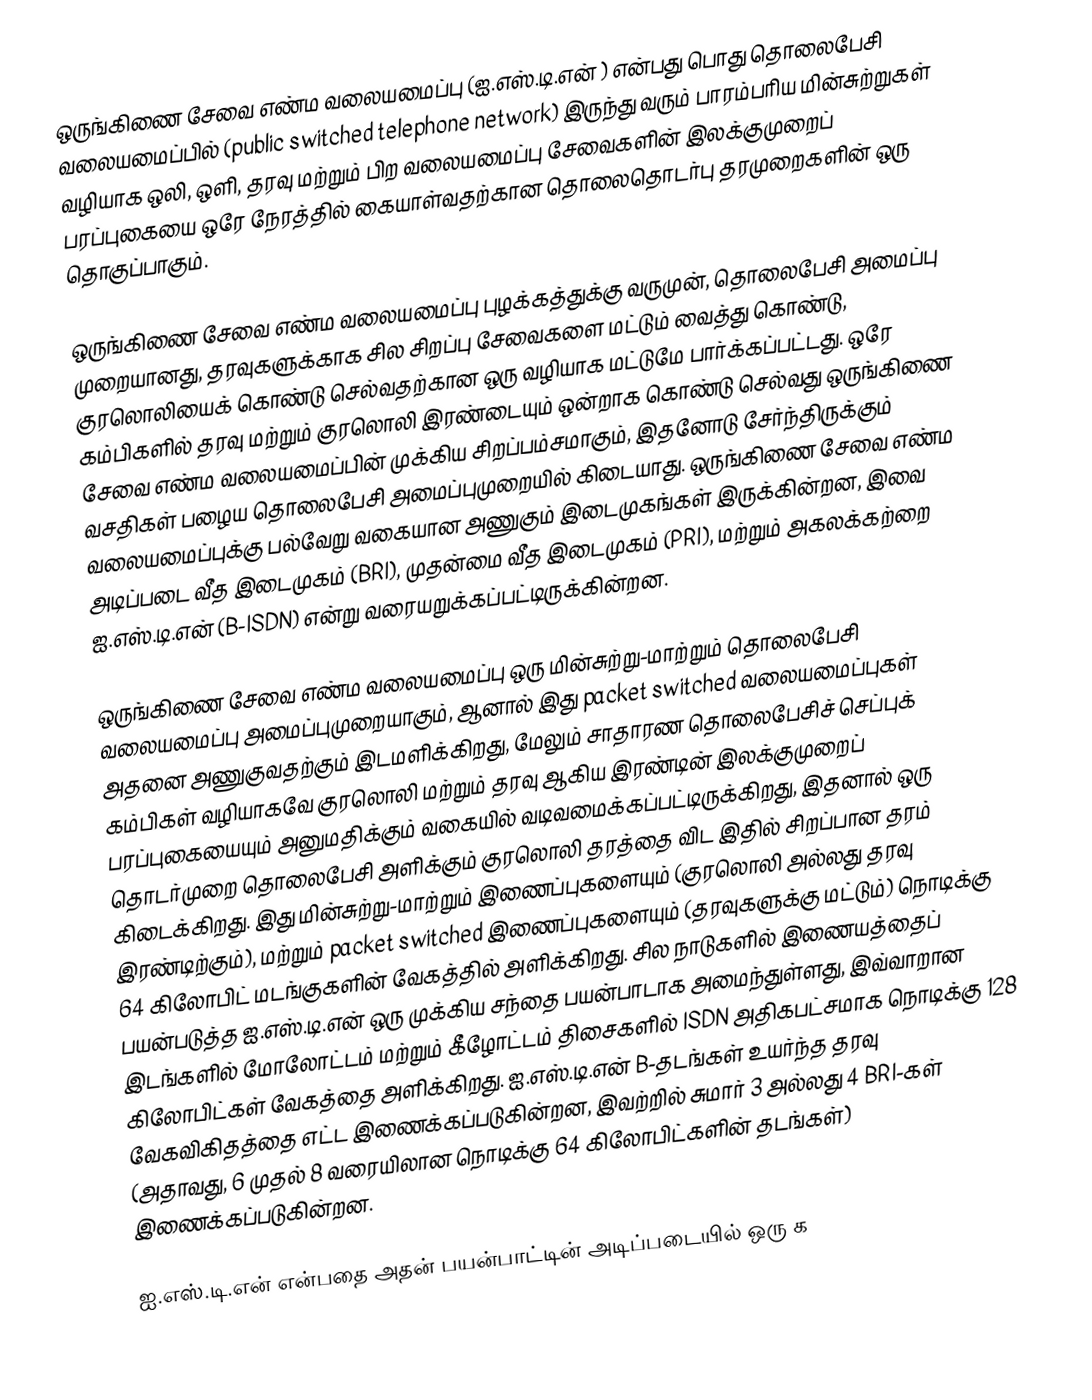
ஒருங்கிணை சேவை எண்ம வலையமைப்பு (ஐ.எஸ்.டி.என் ) என்பது பொது தொலைபேசி வலையமைப்பில் (public switched telephone network) இருந்து வரும் பாரம்பரிய மின்சுற்றுகள் வழியாக ஒலி, ஒளி, தரவு மற்றும் பிற வலையமைப்பு சேவைகளின் இலக்குமுறைப் பரப்புகையை ஒரே நேரத்தில் கையாள்வதற்கான தொலைதொடர்பு தரமுறைகளின் ஒரு தொகுப்பாகும்.

ஒருங்கிணை சேவை எண்ம வலையமைப்பு புழக்கத்துக்கு வருமுன், தொலைபேசி அமைப்பு முறையானது, தரவுகளுக்காக சில சிறப்பு சேவைகளை மட்டும் வைத்து கொண்டு, குரலொலியைக் கொண்டு செல்வதற்கான ஒரு வழியாக மட்டுமே பார்க்கப்பட்டது. ஒரே கம்பிகளில் தரவு மற்றும் குரலொலி இரண்டையும் ஒன்றாக கொண்டு செல்வது ஒருங்கிணை சேவை எண்ம வலையமைப்பின் முக்கிய சிறப்பம்சமாகும், இதனோடு சேர்ந்திருக்கும் வசதிகள் பழைய தொலைபேசி அமைப்புமுறையில் கிடையாது. ஒருங்கிணை சேவை எண்ம வலையமைப்புக்கு பல்வேறு வகையான அணுகும் இடைமுகங்கள் இருக்கின்றன, இவை அடிப்படை வீத இடைமுகம் (BRI), முதன்மை வீத இடைமுகம் (PRI), மற்றும் அகலக்கற்றை ஐ.எஸ்.டி.என் (B-ISDN) என்று வரையறுக்கப்பட்டிருக்கின்றன.

ஒருங்கிணை சேவை எண்ம வலையமைப்பு ஒரு மின்சுற்று-மாற்றும் தொலைபேசி வலையமைப்பு அமைப்புமுறையாகும், ஆனால் இது packet switched வலையமைப்புகள் அதனை அணுகுவதற்கும் இடமளிக்கிறது, மேலும் சாதாரண தொலைபேசிச் செப்புக் கம்பிகள் வழியாகவே குரலொலி மற்றும் தரவு ஆகிய இரண்டின் இலக்குமுறைப் பரப்புகையையும் அனுமதிக்கும் வகையில் வடிவமைக்கப்பட்டிருக்கிறது, இதனால் ஒரு தொடர்முறை தொலைபேசி அளிக்கும் குரலொலி தரத்தை விட இதில் சிறப்பான தரம் கிடைக்கிறது. இது மின்சுற்று-மாற்றும் இணைப்புகளையும் (குரலொலி அல்லது தரவு இரண்டிற்கும்), மற்றும் packet switched இணைப்புகளையும் (தரவுகளுக்கு மட்டும்) நொடிக்கு 64 கிலோபிட் மடங்குகளின் வேகத்தில் அளிக்கிறது. சில நாடுகளில் இணையத்தைப் பயன்படுத்த ஐ.எஸ்.டி.என் ஒரு முக்கிய சந்தை பயன்பாடாக அமைந்துள்ளது, இவ்வாறான இடங்களில் மோலோட்டம் மற்றும் கீழோட்டம் திசைகளில் ISDN அதிகபட்சமாக நொடிக்கு 128 கிலோபிட்கள் வேகத்தை அளிக்கிறது. ஐ.எஸ்.டி.என் B-தடங்கள் உயர்ந்த தரவு வேகவிகிதத்தை எட்ட இணைக்கப்படுகின்றன, இவற்றில் சுமார் 3 அல்லது 4 BRI-கள் (அதாவது, 6 முதல் 8 வரையிலான நொடிக்கு 64 கிலோபிட்களின் தடங்கள்) இணைக்கப்படுகின்றன.

ஐ.எஸ்.டி.என் என்பதை அதன் பயன்பாட்டின் அடிப்படையில் ஒரு க